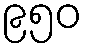
၉၅၀